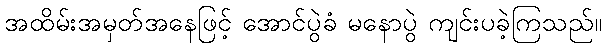
အထိမ်းအမှတ်အနေဖြင့် အောင်ပွဲခံ မနောပွဲ ကျင်းပခဲ့ကြသည်။